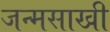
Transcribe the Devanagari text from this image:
जन्मसाखी